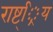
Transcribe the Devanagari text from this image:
राष्ट््रिय